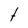
Character: t